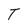
Character: T